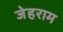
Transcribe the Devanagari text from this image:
जेहराम